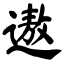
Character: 遨